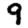
Digit: 9